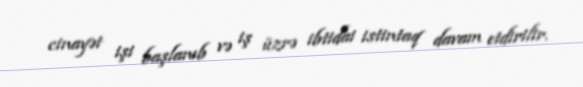
cinayət işi başlanıb və iş üzrə ibtidai istintaq davam etdirilir.